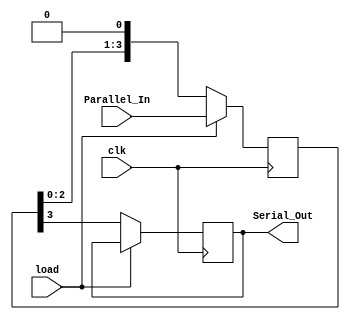
`timescale 1ns / 1ps
module piso_leds(clk, Parallel_In,load, Serial_Out);
input clk,load;
input [3:0]Parallel_In;
output reg Serial_Out;
reg [3:0]tmp;
always @(posedge clk)
begin
if(load)
tmp<=Parallel_In;
else
begin
Serial_Out<=tmp[3];
tmp<={tmp[2:0],1'b0};
end
end
endmodule